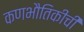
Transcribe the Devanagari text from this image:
कणभौतिकीची